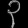
Digit: ၃